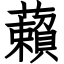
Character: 藾